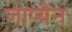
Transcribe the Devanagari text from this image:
जाप्येन